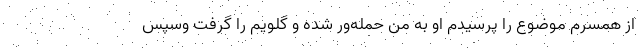
از همسرم موضوع را پرسیدم او به من حمله‌ور شده و گلویم را گرفت وسپس